Indian journal of veterinary science and animal husbandry - Volumes 24-25, 1954-1955
Year: 1954
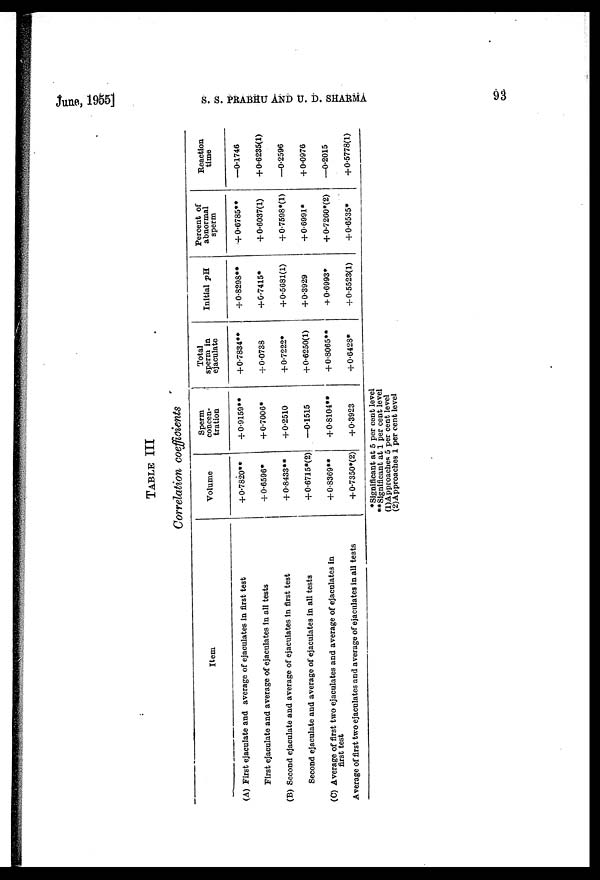
June, 1955]
S.
S.
PRABHU
AND
U.
D.
SHARMA
93
TABLE III
Correlation coefficients
Item
(A) First ejaculate and average of ejaculates in first test
First ejaculate and average of ejaculates in all tests
(B) Second ejaculate and average of ejaculates in first test
Second ejaculate and average of ejaculates in all tests
(C) Average of first two ejaculates and average of ejaculates in
first test
Average of first two ejaculates and average of ejaculates in all tests
Volume
+0.7820**
+0.6596*
+0.8433**
+0.6715*(2)
+0.8369**
+0.7350*(2)
Sperm
concen-
tration
+0.9159**
+0.7006*
+0.2510
—0.1515
+0.8104**
+0.3923
Total
sperm in
ejaculate
+0.7834**
+0.0738
+0.7222*
+0.6250(1)
+0.8065**
+0.6428*
Initial pH.
+0.8298**
+0.7415*
+0.5681(1)
+0.3929
+0.6993*
+0.5523(1)
Percent of
abnormal
sperm
+0.6785**
+0.6037(1)
+0.7598*(l)
+0.6991*
+0.7260*(2)
+0.6535*
Reaction
time
—0.1746
+0.6235(1)
—0.2596
+0.0976
—0.2015
+0.5778(1)
*Significant at 5 per cent level
**Significant at 1 per cent level
(1)Approaches 5 per cent level
(2)Approaches 1 per cent level